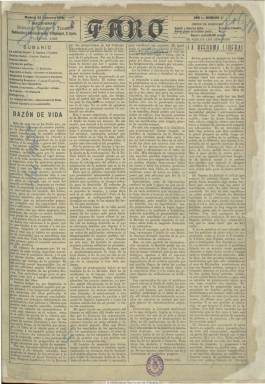
Título: Faro (Madrid. 1908)
Colección: Revistas de información general
Ámbito geográfico: Madrid
Lugar de publicación: Madrid
Fechas: 23/02/1908-28/02/1909

Publicación semanal en formato de diario, compuesta a cuatro columnas, que salió cada domingo a partir del 23 de febrero de 1908, bajo la inspiración de un José Ortega y Gasset (1883-1955) recién llegado a Madrid tras sus estudios en Alemania, y que sirvió de cauce de una “nueva juventud intelectual” interesada por la pedagogía política y la intervención cultural, tal como señala Manuel Menéndez Alzamora en su estudio de 2006 sobre la denominada Generación del 14, en el que analiza las revistas de esta. Aún así, como director-gerente nominal del semanario aparece Bernardo Rengifo y Tercero (¿-1928), un hombre del Partido Liberal puesto por el tío del joven filósofo, Ramón Gasset y Chinchilla (1873-1933), que fue quien intervino en la fundación y aportación de los medios económicos que facilitaron la publicación y su estampación en el Establecimiento Tipográfico de El Liberal.

Para Seoane y Sáiz se trata de una revista política y cultural de carácter renovador, precedente de Europa (1910) y España (1915), en la que se dan cita escritores ya consagrados, como Miguel de Unamuno, así como de la generación precedente del 98, algunos afectos a Francisco Giner de los Ríos, como  Domingo Barnés Salinas, y los de la nueva generación y sus aledaños, como Ramón Pérez de Ayala, Edmundo González Blanco, Enrique de Mesa, Cristóbal de Castro, José Castillejo Duarte o Enrique Díez-Canedo. El artículo de presentación de la revista –Razón de vida-  corre a cargo de Manuel Troyano, que ayudará a Ortega en los contenidos de la publicación.

El joven filósofo postulará ya desde su artículo –Reforma liberal- del primer número la necesidad de una reforma constitucional y de un nuevo liberalismo “socialista”, y propondrá la reorganización del Partido Liberal como un partido de izquierda. En los textos que irá publicando desarrollará el discurso que más tarde servirá de base a su famoso “Vieja y nueva política”, tal como ha reconocido José Carlos Mainer. También sus textos darán lugar a polémicas y réplicas, como las de Gabriel Maura Gamazo y Ramiro de Maeztu.

Las doce páginas de cada entrega, que después serán ampliadas hasta alcanzar las dieciséis, contienen editoriales, artículos y otros densos textos clasificados en secciones de variados contenidos bajo los epígrafes Crónica social (firmada por Adolfo González Posada), Crónica judicial, Información política, Sección financiera (Carlos Caamaño), La semana bursátil, las dedicadas al extranjero (Francia, Alemania, etc.) y también a provincias; sobre asuntos sudamericanos escriben  Dionisio Pérez y Vicente Almela; secciones culturales de bibliografía y libros, y las de crítica literaria (Bernardo G. de Cándamo), teatral (Luis Bello, quien también publica una serie de artículos sobre “Lo que España no tiene”), artística (José Ramón Mélida) y musical (Manuel Manrique de Lara). Sobre educación, además de Barnés, escribirá Leopoldo Palacios. Entre sus colaboradores cuenta también con Constancio Bernaldo de Quirós, Rosendo Fernández y Gamoneda, Álvaro de Albornoz, Antonio Aura Boronat, Rafael Leyda, Félix de Montemar, Antonio Ballesteros, Claudio Frollo, Antonio Palomero, José Ibáñez Martín, Baldomero Argente, Julio Cejador, José López Pinillos o Luis Zulueta Escolano, entre otros.

Cada número del semanario se inicia con un sumario de contenidos, entre los que no faltaron los de carácter científico e industrial, acompañados de dibujos técnicos, así como de algunas fotografías. También anuncia la edición de un Boletín legislativo, encuadernable, y la publicidad comercial llega a ocupar su última plana. Ortega se había decidido por la creación de una Liga Liberal en torno al semanario, tal como señala Ruiz Manjón-Cabeza,  que debió quedar en ciernes por la desaparición de la revista, anunciada en el número 54 -al año de haber comenzado su publicación-, correspondiente al 28 de febrero de 1909.